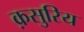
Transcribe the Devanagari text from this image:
क़सुरिय